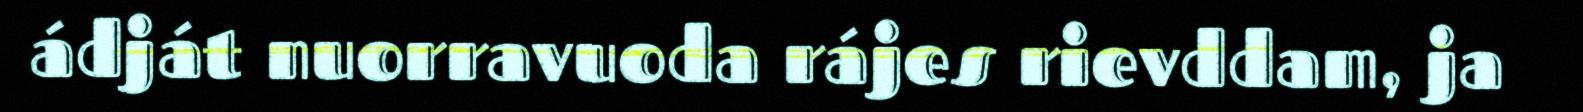
ádját nuorravuoda rájes rievddam, ja